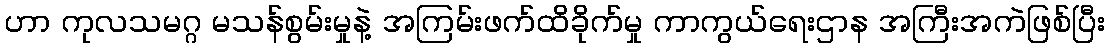
ဟာ ကုလသမဂ္ဂ မသန်စွမ်းမှုနဲ့ အကြမ်းဖက်ထိခိုက်မှု ကာကွယ်ရေးဌာန အကြီးအကဲဖြစ်ပြီး